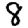
Digit: 8